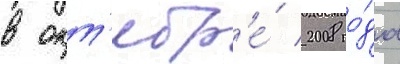
в окт'ябр'е́ 2008 го́да